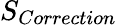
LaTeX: S_{Correction}